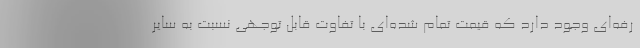
رفه‌ای وجود دارد که قیمت تمام شده‌ای با تفاوت قابل توجهی نسبت به سایر